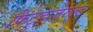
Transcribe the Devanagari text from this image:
फिट्झजेराल्ड